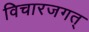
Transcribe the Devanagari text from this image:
विचारजगत्‌